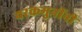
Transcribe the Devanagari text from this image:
चरकमुनींनी